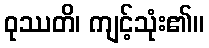
ဝုဿတိ၊ ကျင့်သုံး၏။